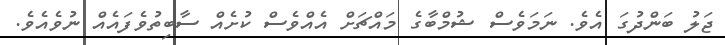
ޖަލު ބަންދުގަ އެވެ. ނަމަވެސް ޝުމްބާގެ މައްޗަށް އެއްވެސް ކުށެއް ސާބިތުވެފައެއް ނުވެއެވެ.